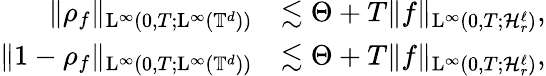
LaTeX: \begin{array}{rl}{\Vert\rho_{f}\Vert_{\mathrm{L}^{\infty}(0,T;\mathrm{L}^{\infty}(\mathbb T^{d}))}}&{\lesssim\Theta+T\Vert f\Vert_{\mathrm{L}^{\infty}(0,T;\mathcal{H}_{r}^{\ell})},}\\ {\Vert 1-\rho_{f}\Vert_{\mathrm{L}^{\infty}(0,T;\mathrm{L}^{\infty}(\mathbb T^{d}))}}&{\lesssim\Theta+T\Vert f\Vert_{\mathrm{L}^{\infty}(0,T;\mathcal{H}_{r}^{\ell})},}\end{array}